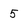
Character: 5